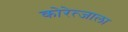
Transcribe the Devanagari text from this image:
कोरेत्जाला